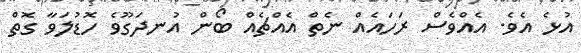
އުޅެ އެވެ. އެއްވެސް ރަހައެއް ނެތް އެއްޗެއް ބޯން އުނދަގޫވެ ހޮޑުލަވާ ގޮތް